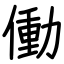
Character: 働